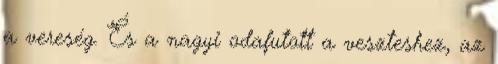
a vereség. És a nagyi odafutott a veszteshez, az